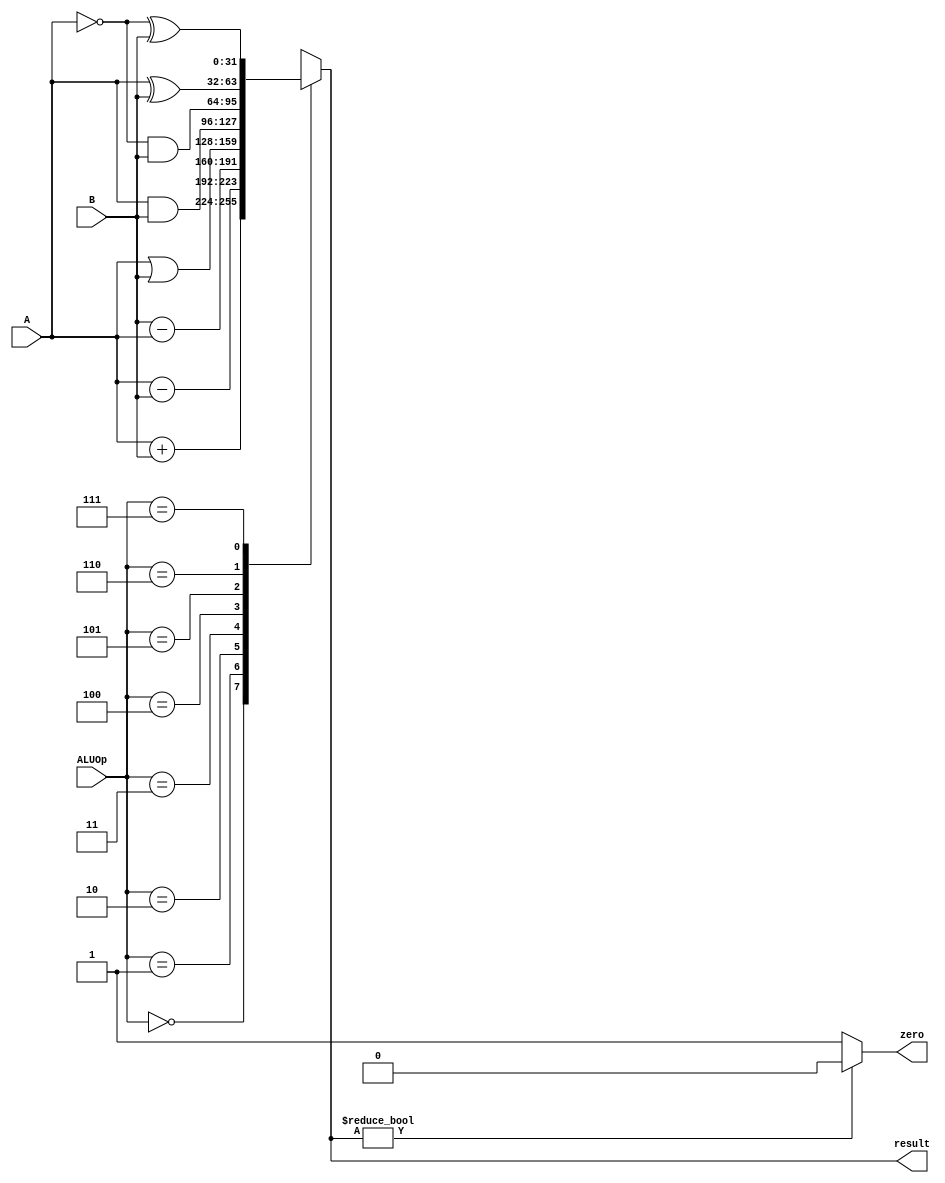
`timescale 1ns / 1ps

module ALU (
    input      [ 2:0] ALUOp,  // ALU
    input      [31:0] A,      // 1
    input      [31:0] B,      // 2
    
    output reg        zero,   // resultresult010
    output reg [31:0] result  // ALU
);

    // ALU
    always @(*) begin
        // 
        case (ALUOp)
            3'b000:  result = A + B;  // 
            3'b001:  result = A - B;  // 
            3'b010:  result = B - A;  // 
            3'b011:  result = A | B;  // 
            3'b100:  result = A & B;  // 
            3'b101:  result = ~A & B;  // AB
            3'b110:  result = A ^ B;  // 
            3'b111:  result = ~A ^ B;  // 
            default: result = 0;
        endcase
        // zero
        if (result) zero = 0;
        else zero = 1;
    end

endmodule